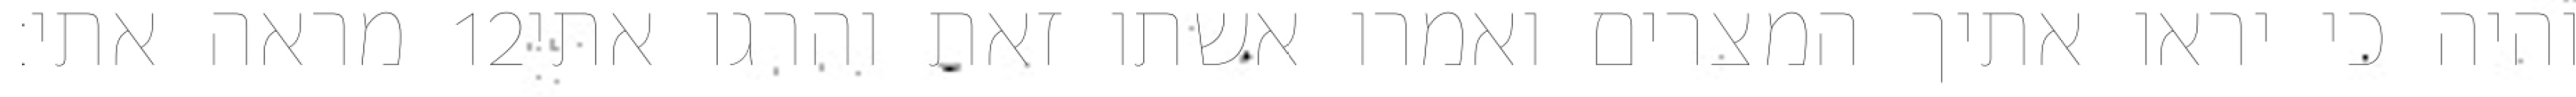
מראה אתי׃ ‎12‏ והיה כי יראו אתיך המצרים ואמרו אשתו זאת והרגו אתי